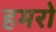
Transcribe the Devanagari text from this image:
हमरो